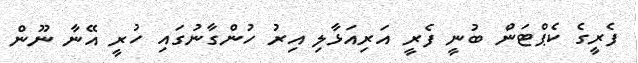
ފެރީގެ ކެޕްޓަން ބުނީ ފެރީ އަރިއަޅާލި އިރު ހުންގާނުގައި ހުރީ އޭނާ ނޫން